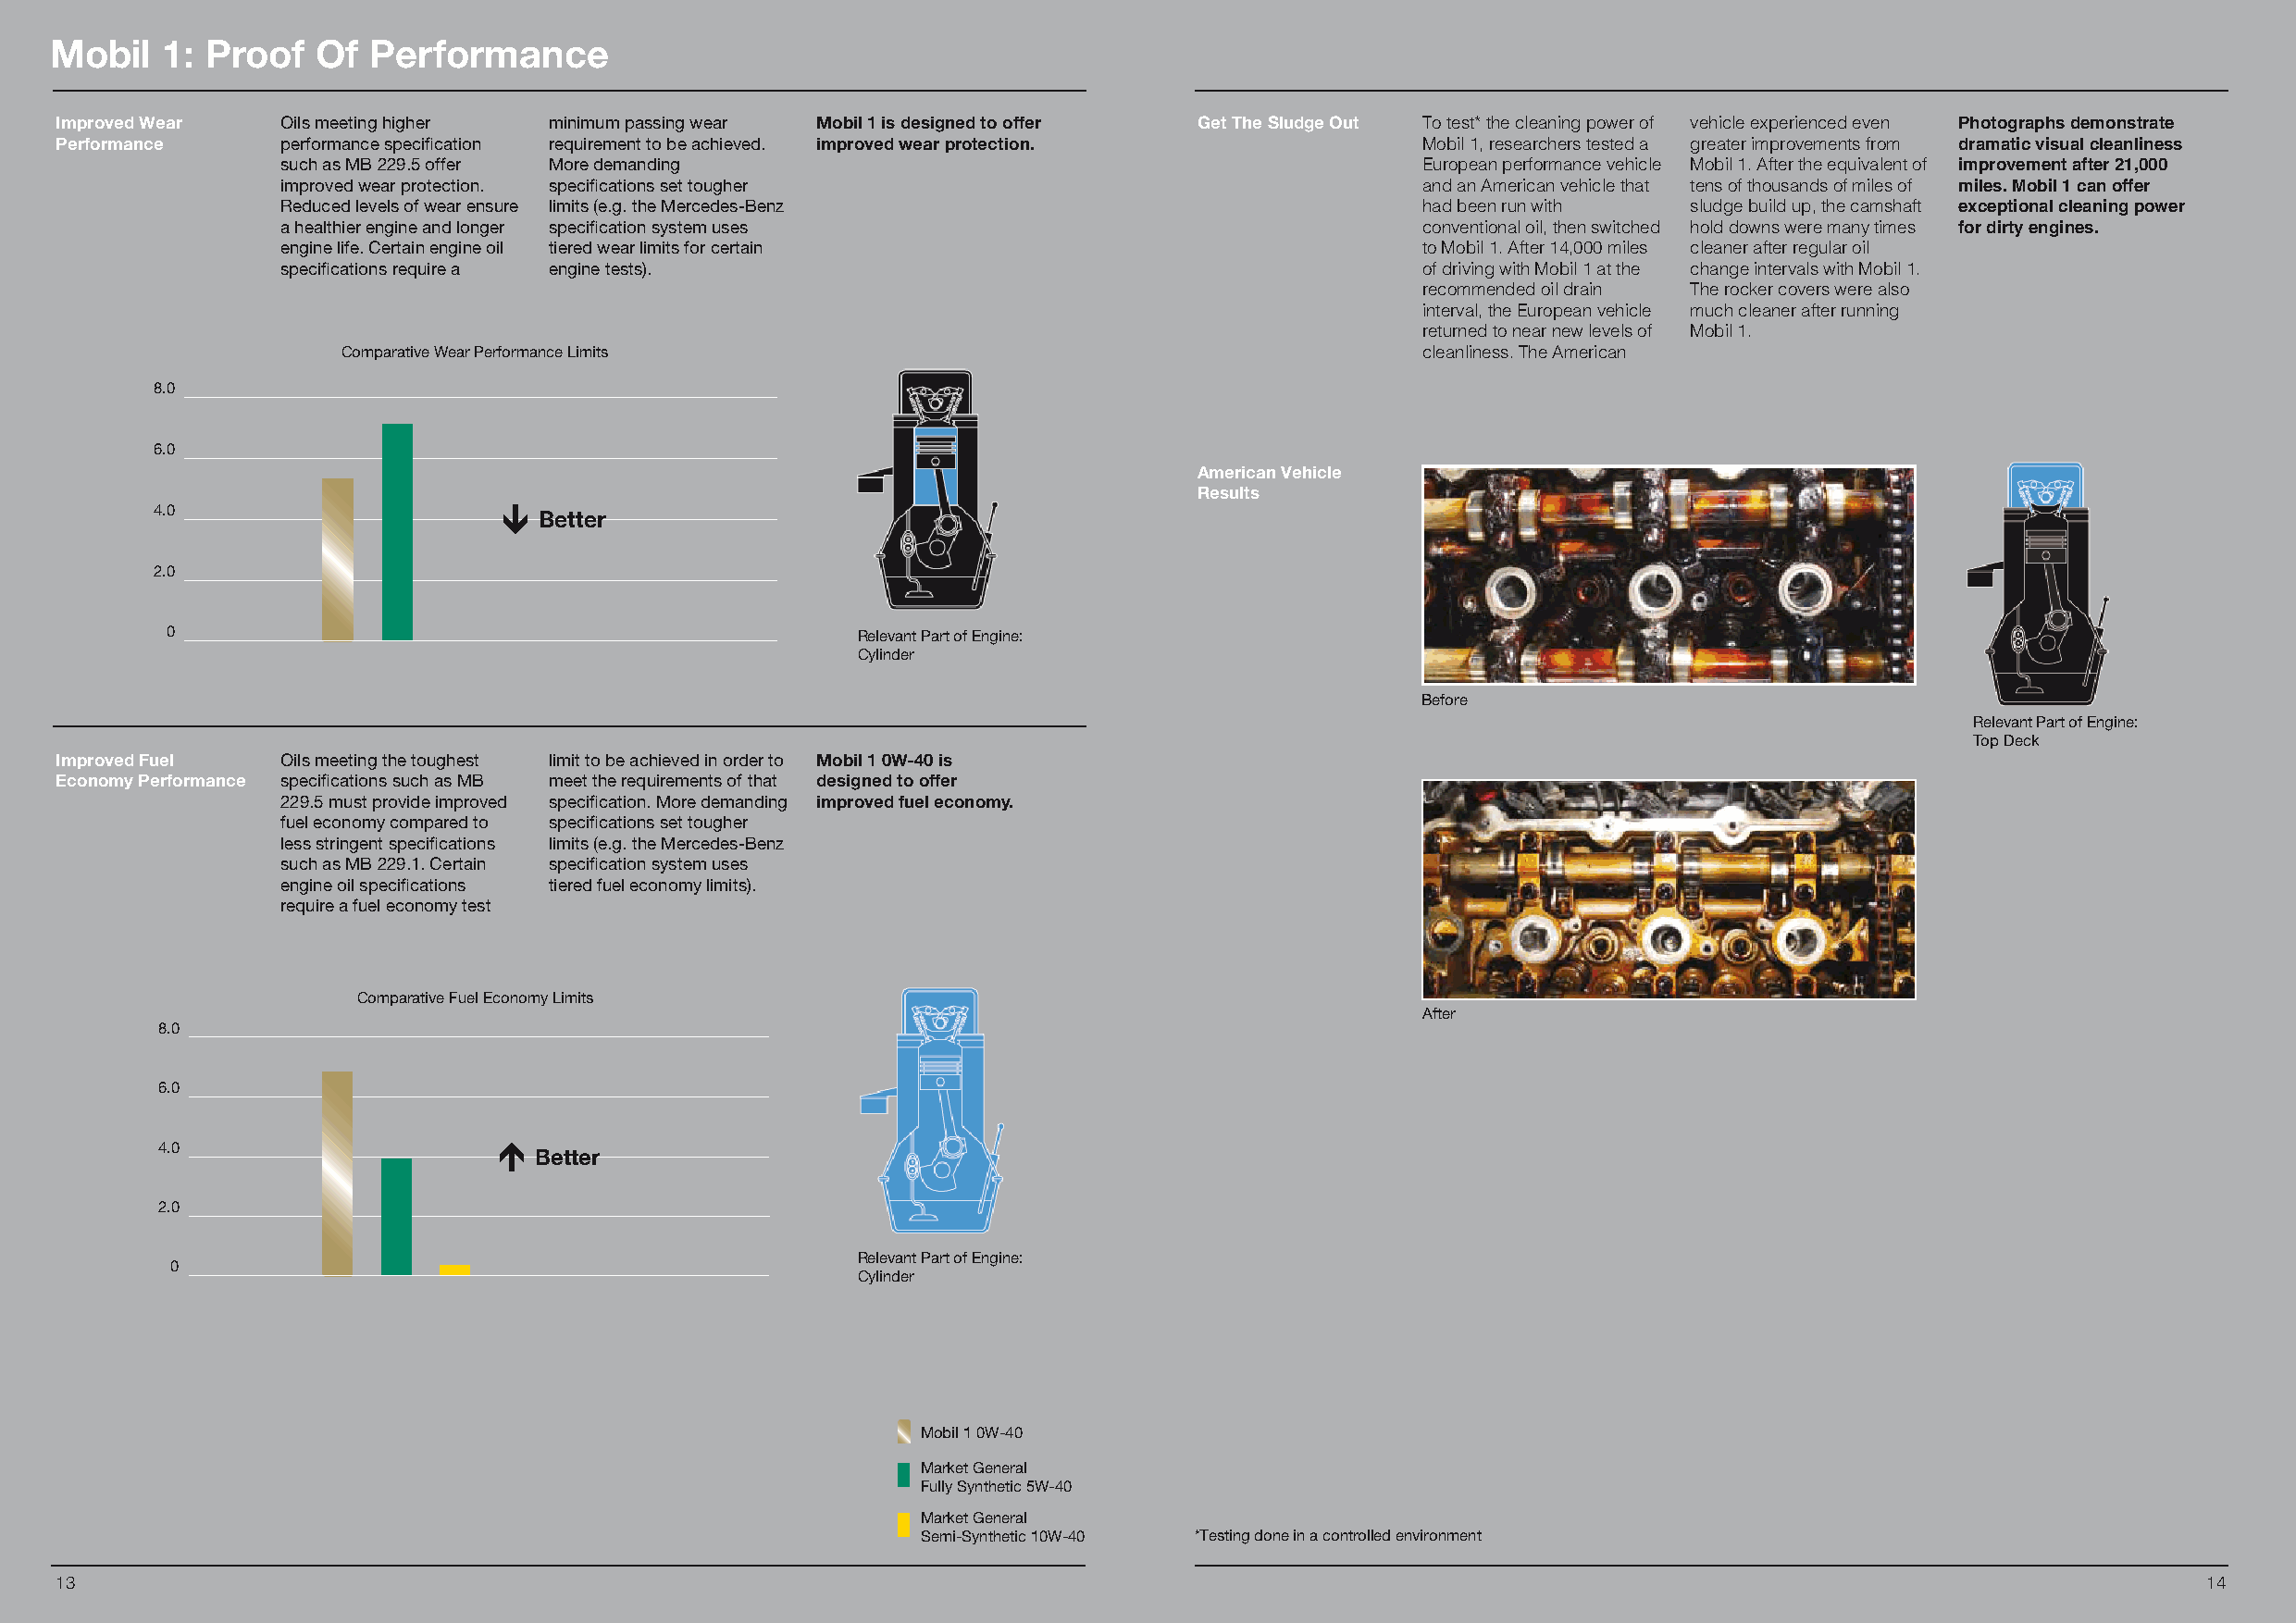
Mobil   1: Proof   Of Performance
 Improved Wear   Oils meeting higher minimum passing wear Mobil 1 is designed to offer Get The Sludge Out To test* the cleaning power of vehicle experienced even Photographs demonstrate
 Performance     performance specification requirement to be achieved. improved wear protection.   Mobil 1, researchers tested a greater improvements from dramatic visual cleanliness
 such as MB 229.5 offer More demanding                                             European performance vehicle Mobil 1. After the equivalent of improvement after 21,000
 improved wear protection. specifications set tougher                              and an American vehicle that tens of thousands of miles of miles. Mobil 1 can offer
 Reduced levels of wear ensure limits (e.g. the Mercedes-Benz                      had been run with  sludge build up, the camshaft exceptional cleaning power
 a healthier engine and longer specification system uses                           conventional oil, then switched hold downs were many times for dirty engines.
 engine life. Certain engine oil tiered wear limits for certain                    to Mobil 1. After 14,000 miles cleaner after regular oil
 specifications require a engine tests).                                           of driving with Mobil 1 at the change intervals with Mobil 1.
 recommended oil drain The rocker covers were also
 interval, the European vehicle much cleaner after running
 returned to near new levels of Mobil 1.
 Comparative Wear Performance Limits                                           cleanliness. The American
 8.0
 6.0
 American Vehicle
 Results
 4.0
 Better
 2.0
 0                                                Relevant Part of Engine:
 Cylinder
 Before
 Relevant Part of Engine:
 Top Deck
 Improved Fuel   Oils meeting the toughest limit to be achieved in order to Mobil 1 0W-40 is
 Economy Performance specifications such as MB meet the requirements of that designed to offer
 229.5 must provide improved specification. More demanding improved fuel economy.
 fuel economy compared to specifications set tougher
 less stringent specifications limits (e.g. the Mercedes-Benz
 such as MB 229.1. Certain specification system uses
 engine oil specifications tiered fuel economy limits).
 require a fuel economy test
 Comparative Fuel Economy Limits
 After
 8.0
 6.0
 4.0
 Better
 2.0
 Relevant Part of Engine:
 0
 Cylinder
 Mobil 1 0W-40
 Market General
 Fully Synthetic 5W-40
 Market General
 Semi-Synthetic 10W-40 *Testing done in a controlled environment
 13                                                                                                                                                        14